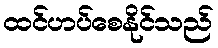
ထင်ဟပ်စေနိုင်သည်